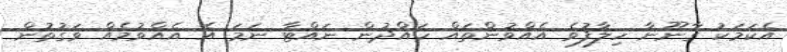
އެކަމަކު ގާނޫނާ ހިލާފުވެ އެއްވުންތައް ހައްދުން ނައްޓާ ނަމަ އެ އެއްވުމެއް ވަގުތުން